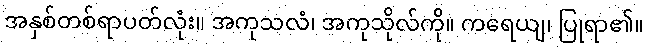
အနှစ်တစ်ရာပတ်လုံး။ အကုသလံ၊ အကုသိုလ်ကို။ ကရေယျ၊ ပြုရာ၏။